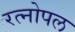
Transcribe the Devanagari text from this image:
रत्नोपल